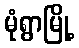
မုံရွာမြို့